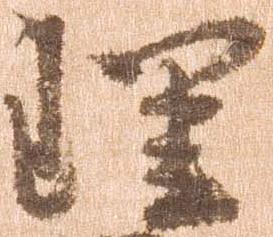
理